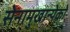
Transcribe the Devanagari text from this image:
सेनामुखान्येको